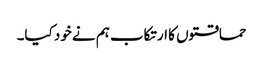
حماقتوں کا ارتکاب ہم نے خود کیا۔